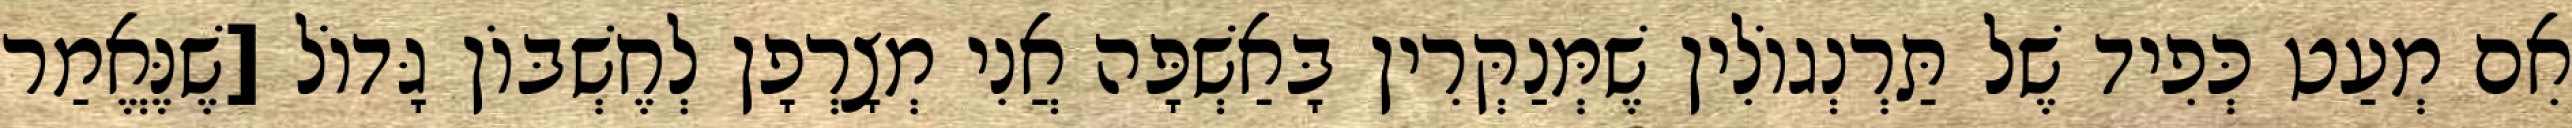
אִם מְעַט כְּפִיד שֶׁל תַּרְנְגוֹלִין שֶׁמְּנַקְּרִין בָּאַשְׁפָּה אֲנִי מְצָרְפָן לְחֶשְׁבּוֹן גָּדוֹל [שֶׁנֶּאֱמַר